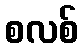
စလစ်